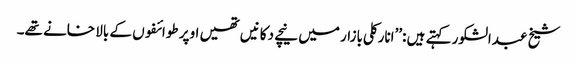
شیخ عبدالشکور کہتے ہیں :’’انارکلی بازار میں نیچے دکانیں تھیں اوپر طوائفوں کے بالا خانے تھے۔